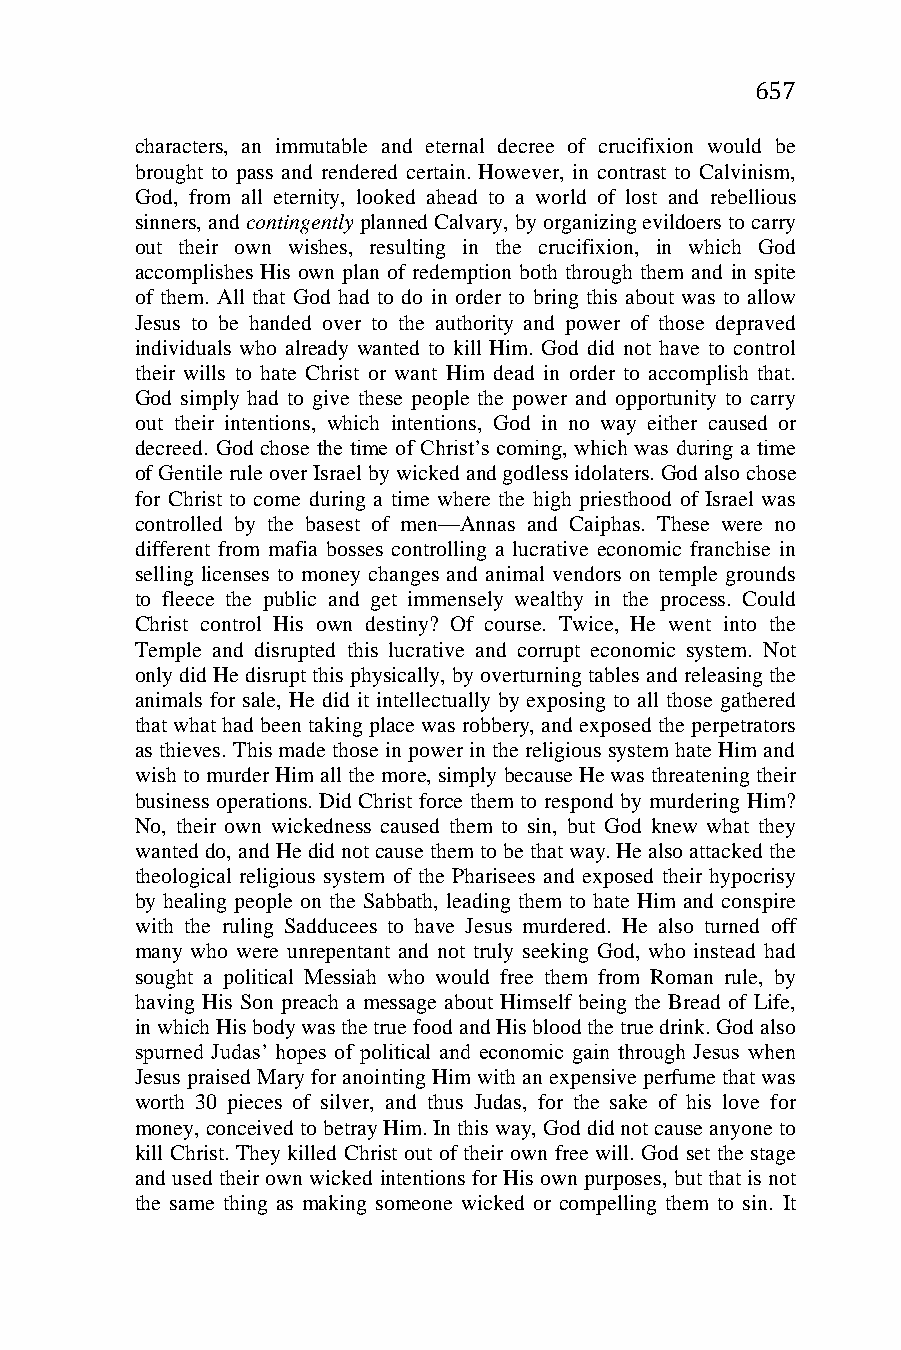
657
 characters, an immutable and eternal decree of crucifixion would be
 brought to pass and rendered certain. However, in contrast to Calvinism,
 God, from all eternity, looked ahead to a world of lost and rebellious
 sinners, and contingently planned Calvary, by organizing evildoers to carry
 out their own wishes, resulting in the crucifixion, in which God
 accomplishes His own plan of redemption both through them and in spite
 of them. All that God had to do in order to bring this about was to allow
 Jesus to be handed over to the authority and power of those depraved
 individuals who already wanted to kill Him. God did not have to control
 their wills to hate Christ or want Him dead in order to accomplish that.
 God simply had to give these people the power and opportunity to carry
 out their intentions, which intentions, God in no way either caused or
 decreed. God chose the time of Christ’s coming, which was during a time
 of Gentile rule over Israel by wicked and godless idolaters. God also chose
 for Christ to come during a time where the high priesthood of Israel was
 controlled by the basest of men—Annas and Caiphas. These were no
 different from mafia bosses controlling a lucrative economic franchise in
 selling licenses to money changes and animal vendors on temple grounds
 to fleece the public and get immensely wealthy in the process. Could
 Christ control His own destiny? Of course. Twice, He went into the
 Temple and disrupted this lucrative and corrupt economic system. Not
 only did He disrupt this physically, by overturning tables and releasing the
 animals for sale, He did it intellectually by exposing to all those gathered
 that what had been taking place was robbery, and exposed the perpetrators
 as thieves. This made those in power in the religious system hate Him and
 wish to murder Him all the more, simply because He was threatening their
 business operations. Did Christ force them to respond by murdering Him?
 No, their own wickedness caused them to sin, but God knew what they
 wanted do, and He did not cause them to be that way. He also attacked the
 theological religious system of the Pharisees and exposed their hypocrisy
 by healing people on the Sabbath, leading them to hate Him and conspire
 with the ruling Sadducees to have Jesus murdered. He also turned off
 many who were unrepentant and not truly seeking God, who instead had
 sought a political Messiah who would free them from Roman rule, by
 having His Son preach a message about Himself being the Bread of Life,
 in which His body was the true food and His blood the true drink. God also
 spurned Judas’ hopes of political and economic gain through Jesus when
 Jesus praised Mary for anointing Him with an expensive perfume that was
 worth 30 pieces of silver, and thus Judas, for the sake of his love for
 money, conceived to betray Him. In this way, God did not cause anyone to
 kill Christ. They killed Christ out of their own free will. God set the stage
 and used their own wicked intentions for His own purposes, but that is not
 the same thing as making someone wicked or compelling them to sin. It